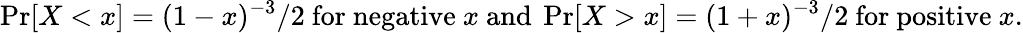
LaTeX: \operatorname*{Pr}[X<x]=(1-x)^{-3}/2{\mathrm{~for~negative~}}x{\mathrm{~and~}}\operatorname*{Pr}[X>x]=(1+x)^{-3}/2{\mathrm{~for~positive~}}x.